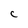
Character: c